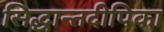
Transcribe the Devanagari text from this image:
सिद्धान्तदीपिका